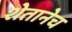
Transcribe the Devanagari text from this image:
शेतानेच